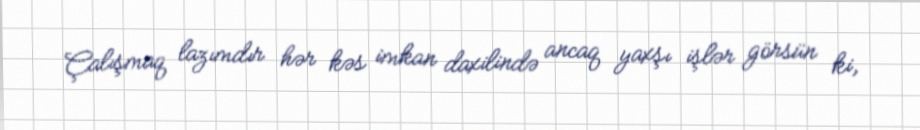
Çalışmaq lazımdır hər kəs imkan daxilində ancaq yaxşı işlər görsün ki,